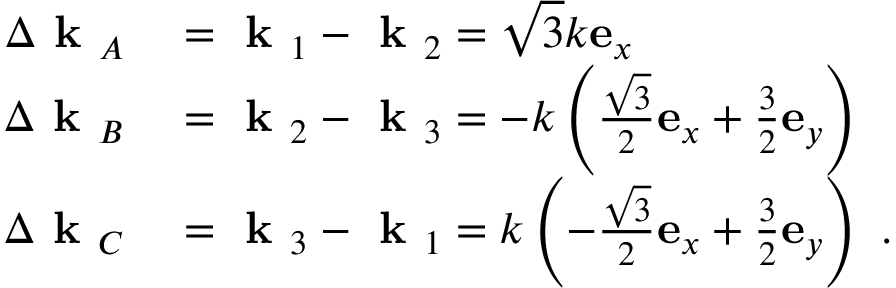
\begin{array} { r l } { \Delta \textbf { k } _ { A } } & { { } = \textbf { k } _ { 1 } - \textbf { k } _ { 2 } = \sqrt { 3 } k \mathbf { e } _ { x } } \\ { \Delta \textbf { k } _ { B } } & { { } = \textbf { k } _ { 2 } - \textbf { k } _ { 3 } = - k \left( \frac { \sqrt { 3 } } { 2 } \mathbf { e } _ { x } + \frac { 3 } { 2 } \mathbf { e } _ { y } \right) } \\ { \Delta \textbf { k } _ { C } } & { { } = \textbf { k } _ { 3 } - \textbf { k } _ { 1 } = k \left( - \frac { \sqrt { 3 } } { 2 } \mathbf { e } _ { x } + \frac { 3 } { 2 } \mathbf { e } _ { y } \right) \ . } \end{array}